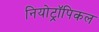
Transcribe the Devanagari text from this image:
नियोट्रॉपिकल